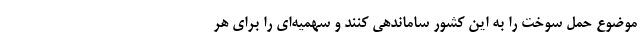
موضوع حمل سوخت را به این کشور ساماندهی کنند و سهمیه‌ای را برای هر